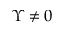
\Upsilon \neq 0